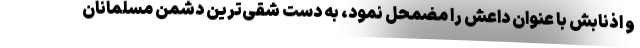
و اذنابش با عنوان داعش را مضمحل نمود، به دست شقی‌ترین دشمن مسلمانان